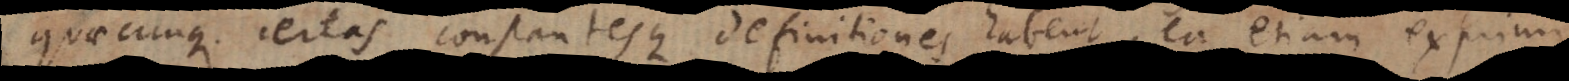
quaecunque certas constantesque definitiones habent, ea etiam exprimi